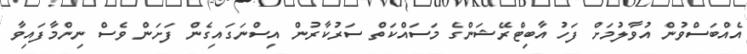
އެއްބަސްވުން އުވާލުމަށް ފަހު އާބިޓްރޭޝަންގެ މަސައްކަތް ސަރުކާރުން އިސްނަގައިގެން ފަށަން ވެސް ނިންމާފައިވާ